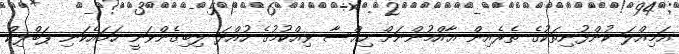
އަމިއްލަ ކުންފުނިތަކުގެ ތެރެއިން ޢާއްމުންނަށް ހިއްސާ ވިއްކުމުގެ ހުއްދަ ލިބިގެންވަނީ ހަމައެކަނި ޕަބްލިކް